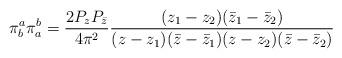
LaTeX: \begin{align*}\pi^a_b\pi^b_a = \frac{2 P_z P_{\bar z}}{4 \pi^2}\frac{(z_1 -z_2) (\bar z_1 - \bar z_2)}{(z - z_1)(\bar z -\bar z_1)( z - z_2)(\bar z -\bar z_2)}\end{align*}